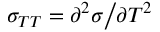
{ \sigma _ { T T } } = { { { \partial ^ { 2 } } \sigma } \mathord { \left/ { \vphantom { { { \partial ^ { 2 } } \sigma } { \partial { T ^ { 2 } } } } } \right. \kern - \nulldelimiterspace } { \partial { T ^ { 2 } } } }